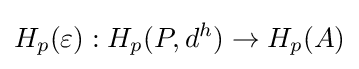
H_{p}(\varepsilon ):H_{p}(P,d^{h})\to H_{p}(A)